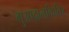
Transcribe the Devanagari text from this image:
गुआदालकिविर